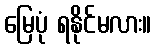
မြေပုံ ရနိုင်မလား။